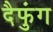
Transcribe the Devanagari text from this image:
दैफुंग